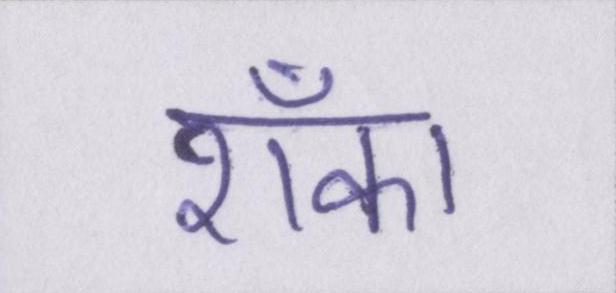
शँका